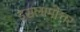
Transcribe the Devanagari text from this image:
इसलामोत्तर